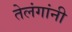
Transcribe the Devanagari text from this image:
तेलंगांनी